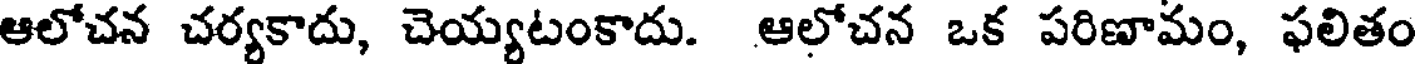
ఆలోచన చర్యకాదు, చెయ్యటంకాదు. ఆలోచన ఒక పరిణామం, ఫలితం